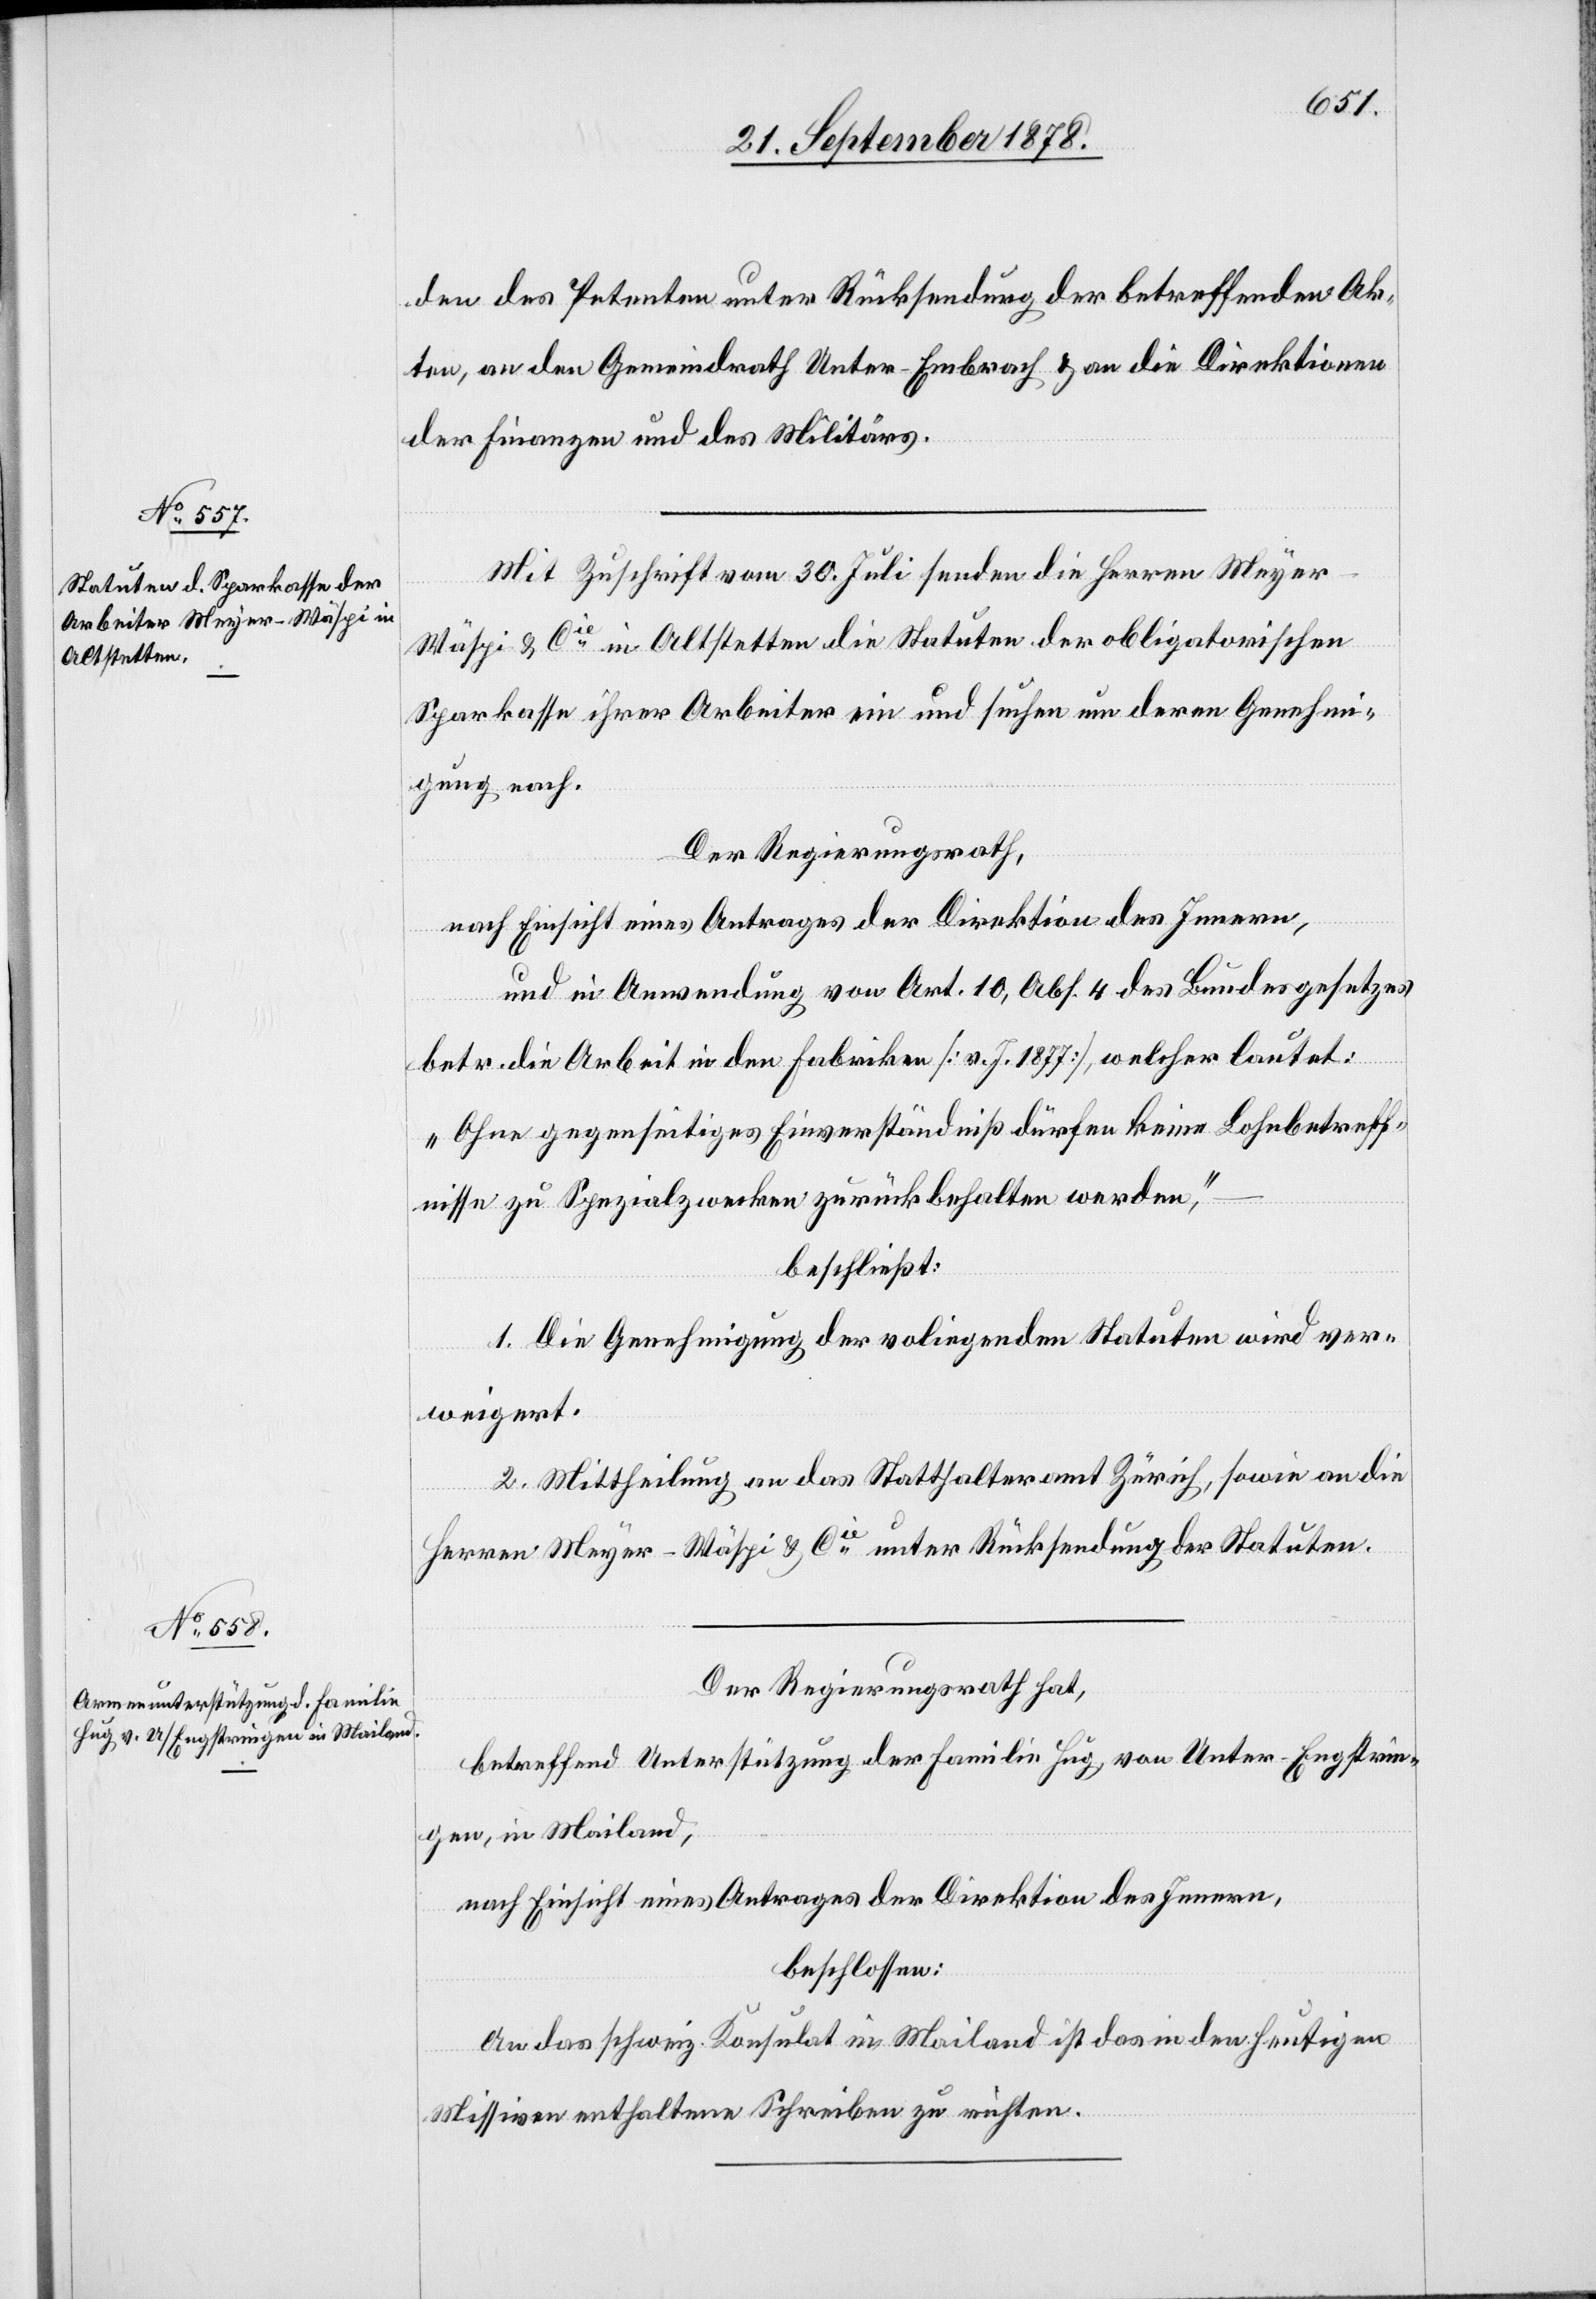
den des Petenten unter Rücksendung der betreffenden Ak¬
ten, an den Gemeindrath Unter-Embrach & an die Direktionen
der Finanzen und des Militärs.
Mit Zuschrift vom 30. Juli senden die Herren Meyer-W¬
äspi & Cie in Altstetten die Statuten der obligatorischen
Sparkasse ihrer Arbeiter ein und suchen um deren Genehmi¬
gung nach.
Der Regierungsrath,
nach Einsicht eines Antrages der Direktion des Innern,
und in Anwendung von Art. 10, Abs. 4 des Bundesgesetzes
betr. die Arbeit in den Fabriken [v. J. 1877], welcher lautet:
„Ohne gegenseitiges Einverständniß dürfen keine Lohnbetreff¬
nisse zu Spezialzwecken zurückbehalten werden,“
beschließt:
1. Die Genehmigung der vorliegenden Statuten wird ver¬
weigert.
2. Mittheilung an das Statthalteramt Zürich, sowie an die
Herren Meyer-Wäspi & Cie unter Rücksendung der Statuten.
Der Regierungsrath hat,
betreffend Unterstützung der Familie Hug, von Unter-Engstrin¬
gen, in Mailand,
nach Einsicht eines Antrages der Direktion des Innern,
beschlossen:
An das schweiz. Konsulat in Mailand ist das in den heutigen
Missiven enthaltene Schreiben zu richten.